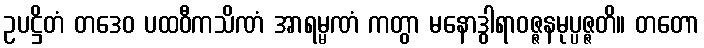
ဥပဋ္ဌိတံ တဒေဝ ပထဝီကသိဏံ အာရမ္မဏံ ကတွာ မနောဒွါရာဝဇ္ဇနမုပ္ပဇ္ဇတိ။ တတော